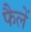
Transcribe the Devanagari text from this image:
फैलें